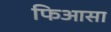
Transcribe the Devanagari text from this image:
फिआसा